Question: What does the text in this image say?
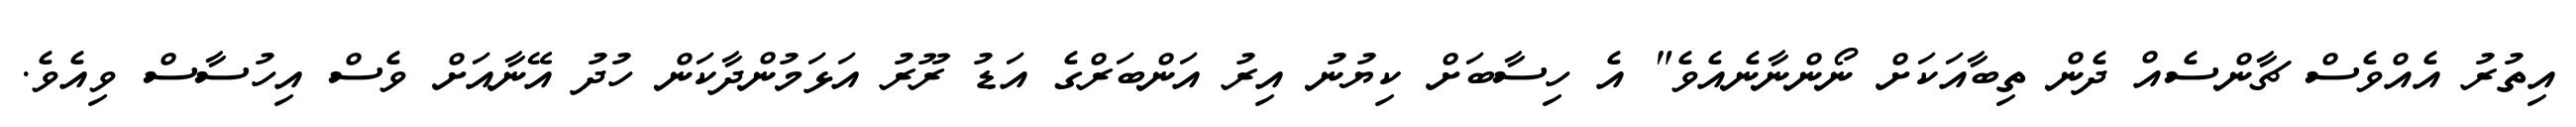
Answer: އިތުރު އެއްވެސް ޗާންސެއް ދެން ތިބާއަކަށް ނޯންނާނެއެވެ" އެ ހިސާބަށް ކިޔުނު އިރު އަންބަރްގެ އަޑު ރޫރު އަޅަމުންދާކަން ހުދު އޭނާއަށް ވެސް އިހުސާސް ވިއެވެ.